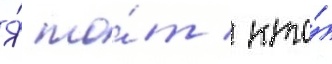
Я́ то́т / кто́